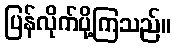
ပြန်လိုက်ပို့ကြသည်။